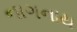
નાગનાથ